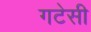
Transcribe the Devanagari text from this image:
गटेसी